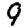
Digit: 9